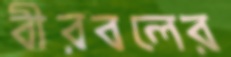
বীরবলের